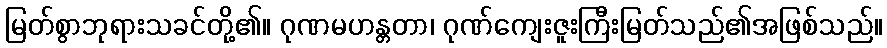
မြတ်စွာဘုရားသခင်တို့၏။ ဂုဏမဟန္တတာ၊ ဂုဏ်ကျေးဇူးကြီးမြတ်သည်၏အဖြစ်သည်။